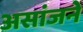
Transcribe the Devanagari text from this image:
असांजने